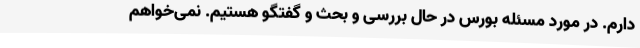
دارم. در مورد مسئله بورس در حال بررسی و بحث و گفتگو هستیم. نمی‌خواهم